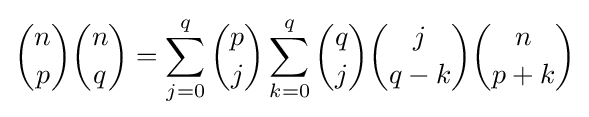
{n \choose p}{n \choose q}=\sum _{j=0}^{q}{p \choose j}\sum _{k=0}^{q}{q \choose j}{j \choose {q-k}}{n \choose {p+k}}